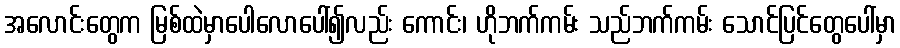
အလောင်းတွေက မြစ်ထဲမှာပေါလောပေါ်၍လည်း ကောင်း၊ ဟိုဘက်ကမ်း သည်ဘက်ကမ်း သောင်ပြင်တွေပေါ်မှာ